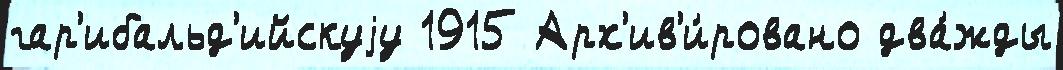
гар'ибальд'ийскуjу 1915 Арх'ив'и́ровано два́жды